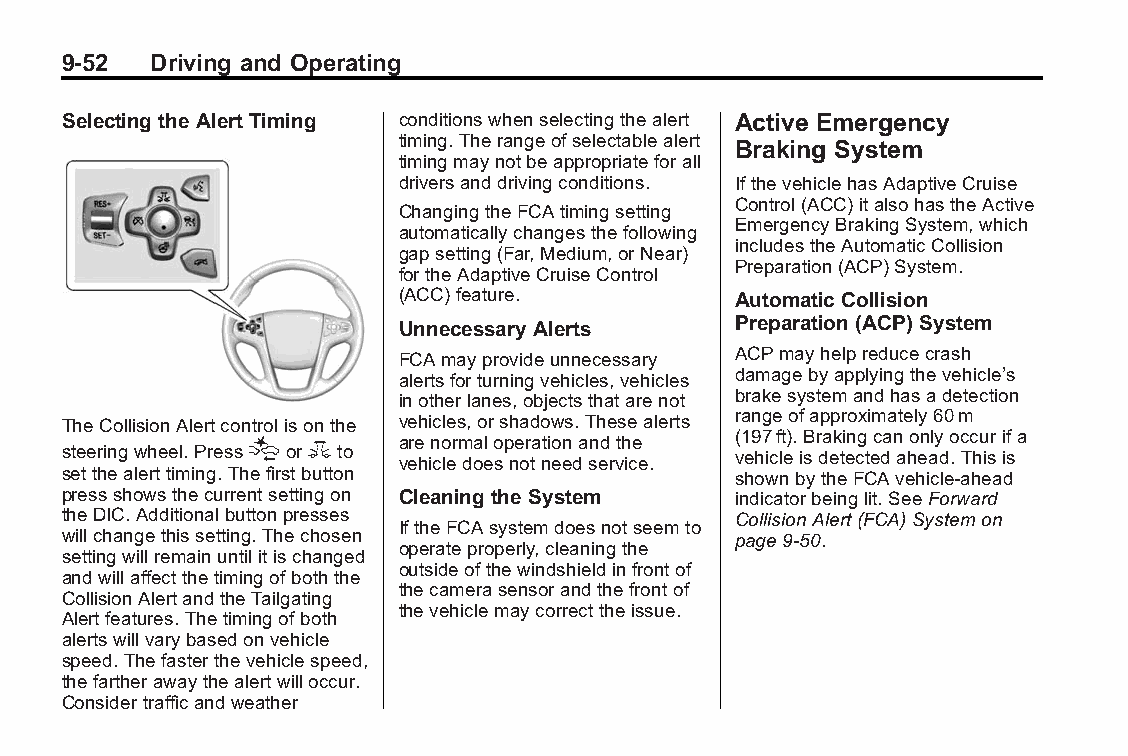
Buick LaCrosse Owner Manual (GMNA-Localizing-U.S./Canada/Mexico- Blackplate(52,1)
 6043609)-2014-2ndEdition-10/17/13
 9-52  Driving and Operating
 Selecting theAlert Timing conditionswhenselectingthealert Active Emergency
 timing.Therangeofselectablealert
 Braking System
 timingmaynotbeappropriateforall
 driversanddrivingconditions. IfthevehiclehasAdaptiveCruise
 Control(ACC)italsohastheActive
 ChangingtheFCAtimingsetting
 EmergencyBrakingSystem,which
 automaticallychangesthefollowing
 includestheAutomaticCollision
 gapsetting(Far,Medium,orNear)
 Preparation(ACP)System.
 fortheAdaptiveCruiseControl
 (ACC)feature.         Automatic Collision
 UnnecessaryAlerts     Preparation (ACP) System
 FCAmayprovideunnecessary ACPmayhelpreducecrash
 alertsforturningvehicles,vehicles damagebyapplyingthevehicle’s
 inotherlanes,objectsthatarenot brakesystemandhasadetection
 TheCollisionAlertcontrolisonthe vehicles,orshadows.Thesealerts rangeofapproximately60m
 steeringwheel.Press[or3to arenormaloperationandthe (197ft).Brakingcanonlyoccurifa
 vehicledoesnotneedservice. vehicleisdetectedahead.Thisis
 setthealerttiming.Thefirstbutton            shownbytheFCAvehicle-ahead
 pressshowsthecurrentsettingon Cleaning theSystem indicatorbeinglit.SeeForward
 theDIC.Additionalbuttonpresses              CollisionAlert(FCA)Systemon
 IftheFCAsystemdoesnotseemto
 willchangethissetting.Thechosen             page9-50.
 operateproperly,cleaningthe
 settingwillremainuntilitischanged
 outsideofthewindshieldinfrontof
 andwillaffectthetimingofboththe
 thecamerasensorandthefrontof
 CollisionAlertandtheTailgating
 thevehiclemaycorrecttheissue.
 Alertfeatures.Thetimingofboth
 alertswillvarybasedonvehicle
 speed.Thefasterthevehiclespeed,
 thefartherawaythealertwilloccur.
 Considertrafficandweather